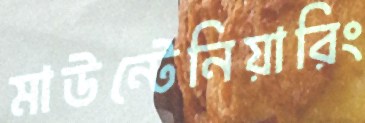
মাউন্টেনিয়ারিং